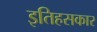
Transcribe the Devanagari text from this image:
इतिहसकार